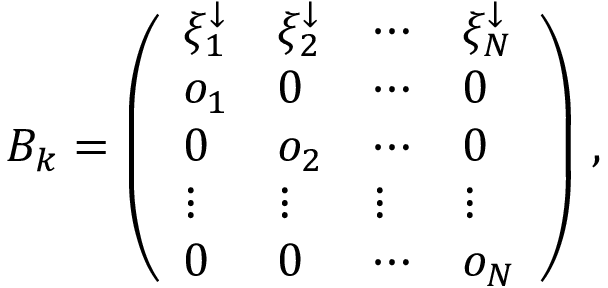
\begin{array} { r } { B _ { k } = \left( \begin{array} { l l l l } { \xi _ { 1 } ^ { \downarrow } } & { \xi _ { 2 } ^ { \downarrow } } & { \cdots } & { \xi _ { N } ^ { \downarrow } } \\ { o _ { 1 } } & { 0 } & { \cdots } & { 0 } \\ { 0 } & { o _ { 2 } } & { \cdots } & { 0 } \\ { \vdots } & { \vdots } & { \vdots } & { \vdots } \\ { 0 } & { 0 } & { \cdots } & { o _ { N } } \end{array} \right) \, , } \end{array}